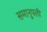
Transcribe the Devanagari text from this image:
समानुपती